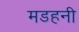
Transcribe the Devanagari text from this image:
मडहनी